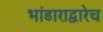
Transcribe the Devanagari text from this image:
भांडाराद्वारेच